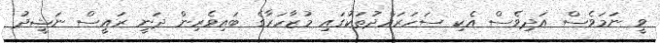
ވީ ނަމަވެސް އަދިވެސް އެކި ސަހަރައްދުތަކުގައި މުޒާހަރާގެ ބައިވެރިން ދަނީ ރައީސް ނަޝީދު